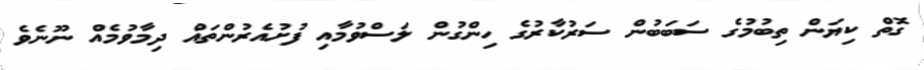
ގޮތް ކިޔަން ތިބުމުގެ ސަބަބުން ސަރުކާރުގެ ހިންގުން ލަސްވުމާއި ފުށުއެރުންތައް ދިމާވުމެއް ނޫނެވެ